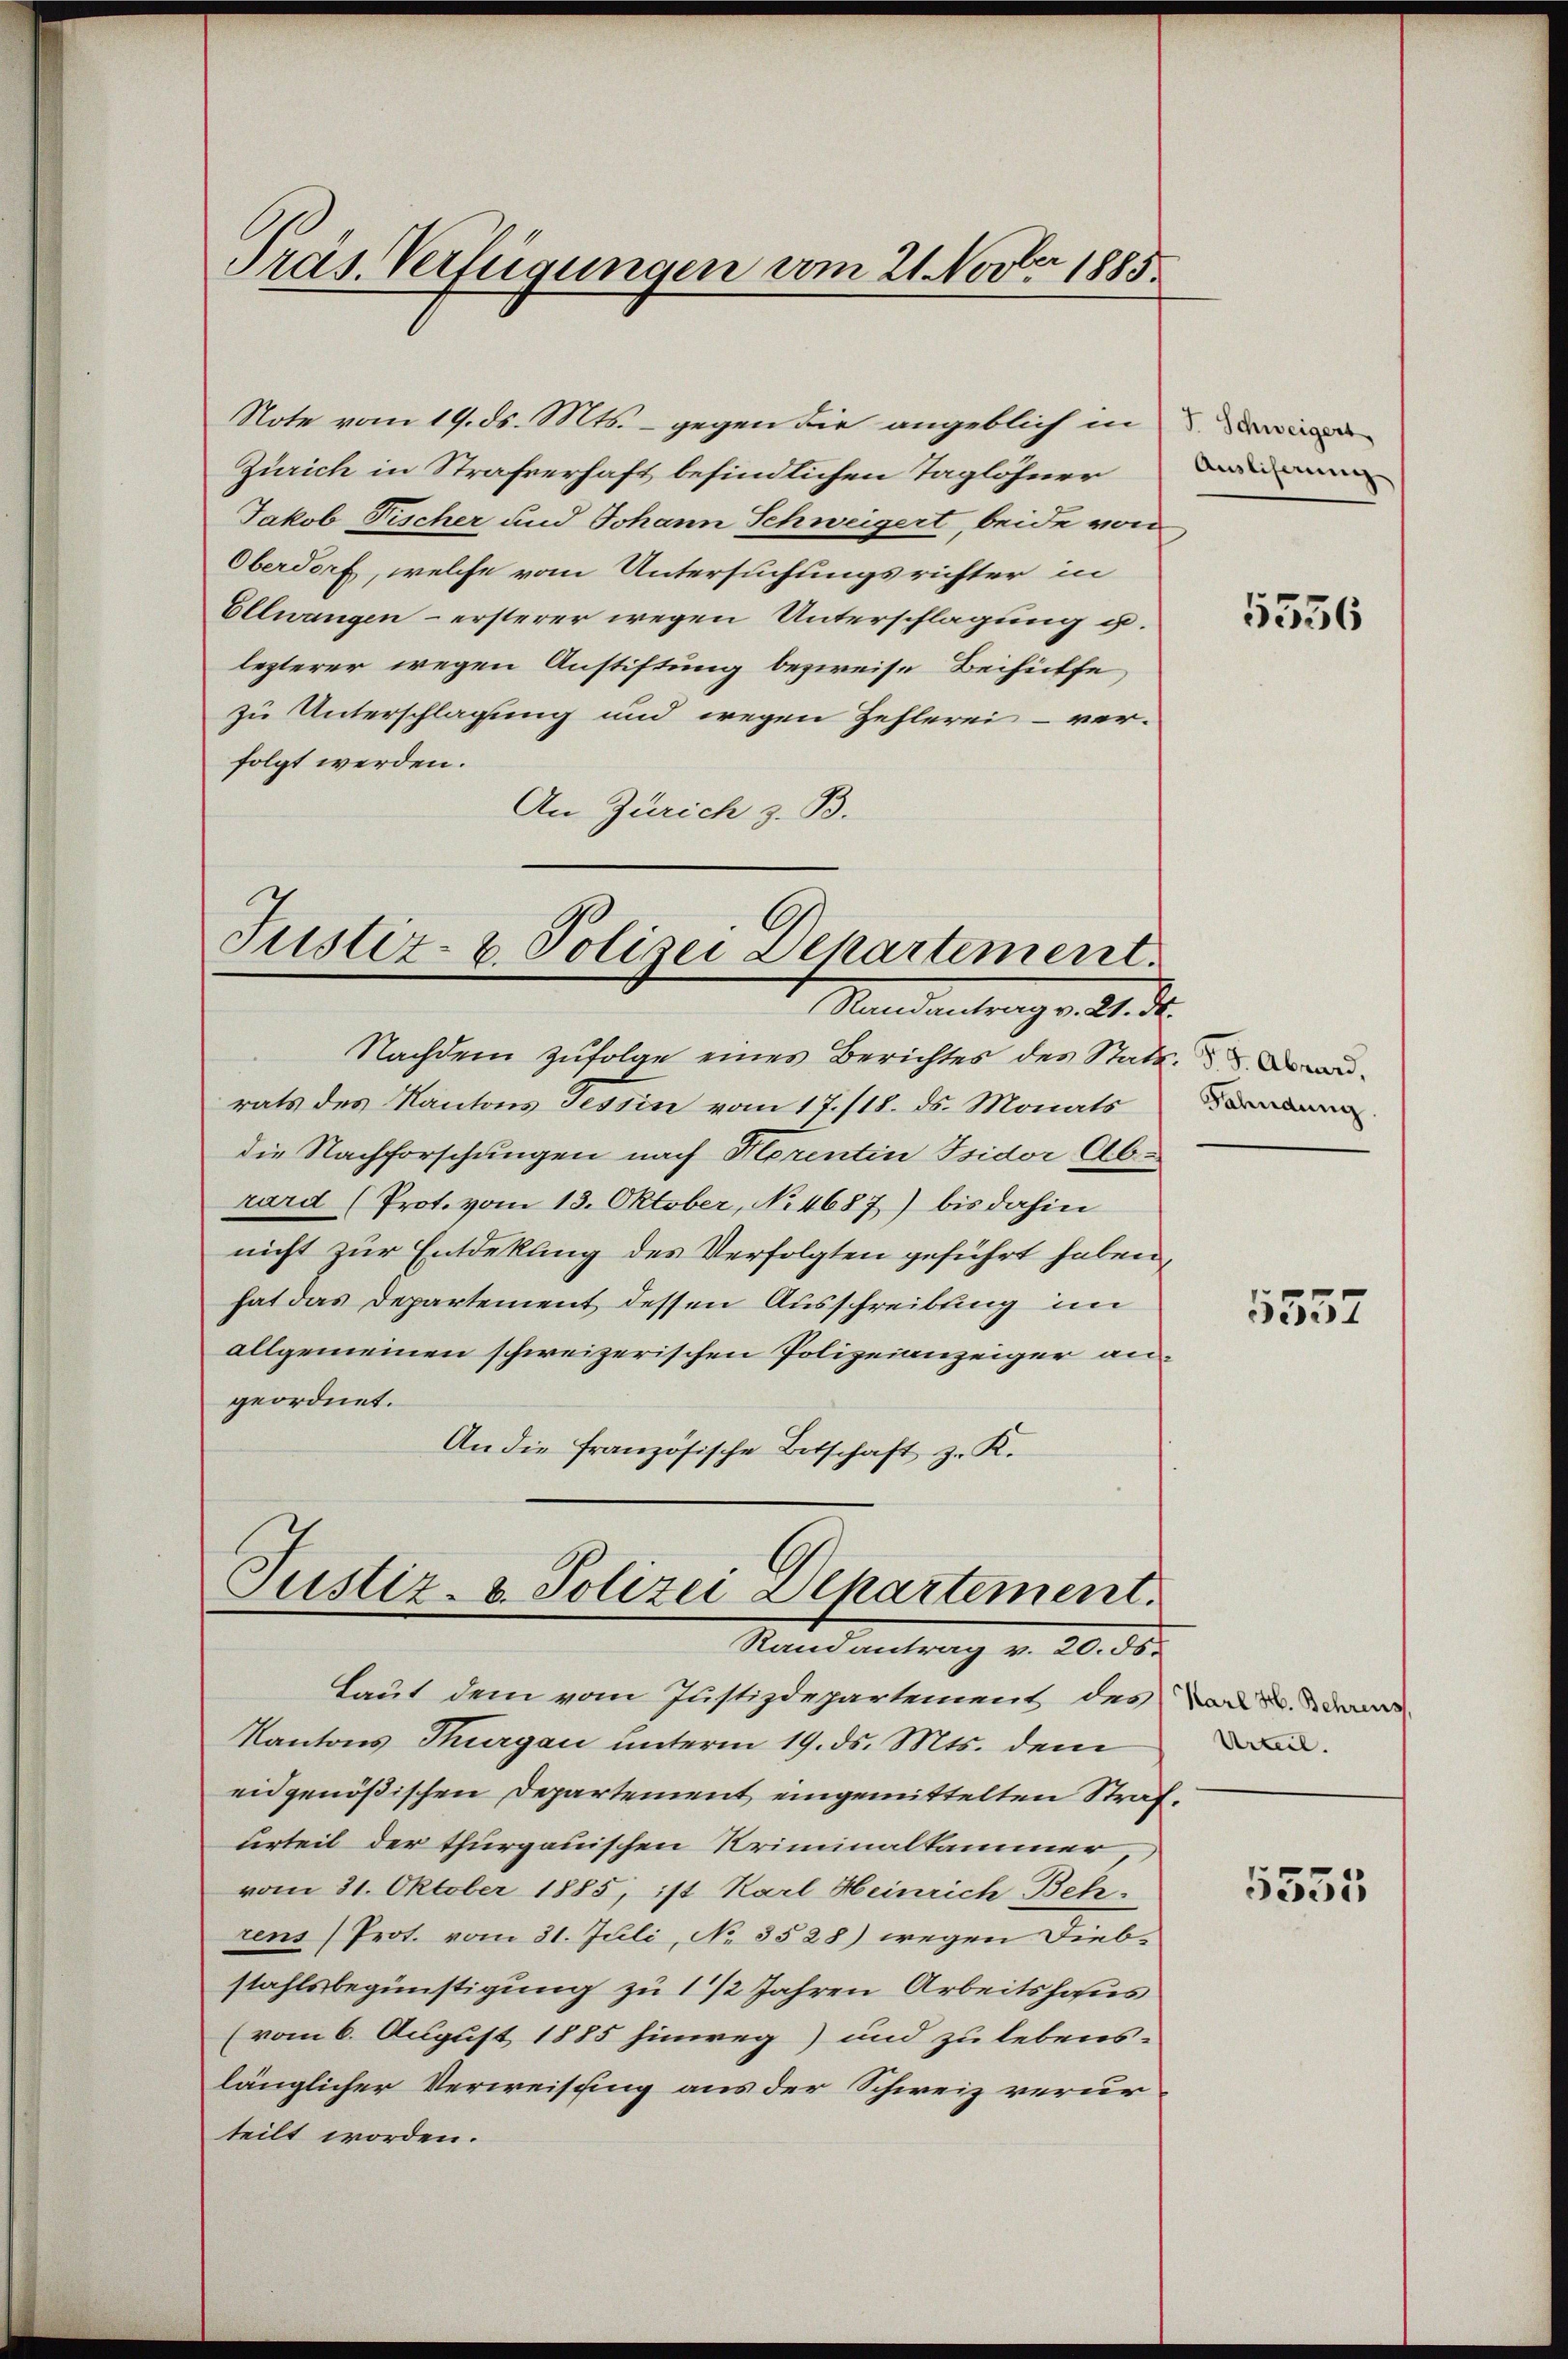
Präs. Verfügungen vom 21. Novbr. 1885

Note vom 19. ds. Mts. - gegen die angeblich in
Zürich in Strafverhaft befindlichen Taglöhner
Jakob Fischer und Johann Schweigert, beide von
Oberdorf, welche vom Untersuchungsrichter in
Ellwangen - ersterer wegen Unterschlagung u.
lezterer wegen Anstiftung bezweife Beihülfe
zu Unterschlagung und wegen Zehlerei ver-
folgt werden.
An Zürich z. B.

Nachdem zŭfolge eines Berichtes des Statt
rats des Kantons Tessin vom 17./18. ds. Monats
die Nachforschungen nach Florentin Isidor Abrard (Prot. vom 13. Oktober, No 4687) bis dahin
nicht zur Entdekung des Verfolgten geführt haben
hat das Departement dessen Ausschreibung im
allgemeinen schweizerischen Polizeianzeiger angeordnet.
An die französische Botschaft z. K.

Justiz- & Polizei Departement.
Randantrag v. 21. d.

Justiz- & Polizei Departement.
Randantrag v. 20. ds.

Laut dem vom Justizdepartement des
Kantons Thurgau unterm 19. ds. Mts. dem
eidgenößischen Departement eingemittelten Strafurteil der thurgauischen Kriminalkammer
vom 31. Oktober 1885, ist Karl Heinrich Betr
rens (Prot. vom 31. Juli, No. 3528) wegen Diebstahlsbegünstigung zu 1 1/2 Jahren Arbeitshaus
(vom 6. August 1885 hinweg) und zu lebens-
länglicher Verweisung aus der Schweiz verurteilt worden.

Ausliserung

5556

Fahndung.

5557

Karl H. Behrens,
Urteil.

5555